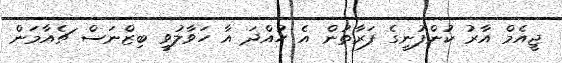
ޖީއެމް އާރު ކުންފުނީގެ ފަރާތުން އެ ހުއްދަ އާ ހަވާލުވީ ބިޒްނަސް ޗެއާމަން